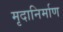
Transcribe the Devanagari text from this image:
मृदानिर्माण